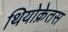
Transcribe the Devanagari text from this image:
थियोक्रेतस